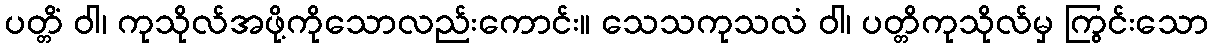
ပတ္တိံ ဝါ၊ ကုသိုလ်အဖို့ကိုသောလည်းကောင်း။ သေသကုသလံ ဝါ၊ ပတ္တိကုသိုလ်မှ ကြွင်းသော